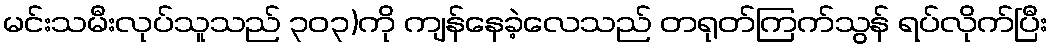
မင်းသမီးလုပ်သူသည် ၃၀၃)ကို ကျန်နေခဲ့လေသည် တရုတ်ကြက်သွန် ရပ်လိုက်ပြီး